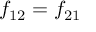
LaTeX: f _ { 1 2 } = f _ { 2 1 }